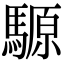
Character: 騵